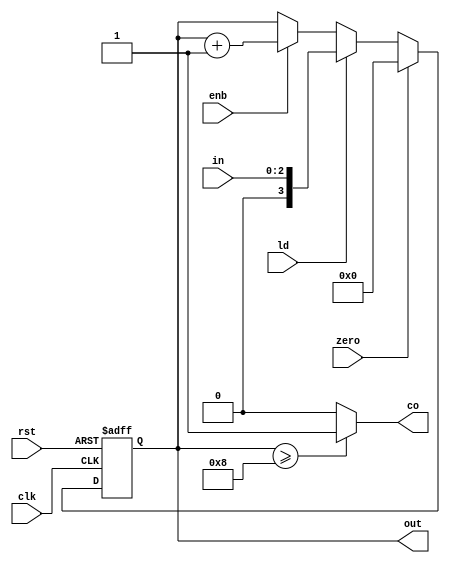
`timescale 1 ns/ 100 ps
module counter (input clk,rst,zero,ld,enb, input [2:0] in ,output reg [3:0] out, output  co);
	always@(posedge clk, posedge rst)begin
		if(rst == 1'b1)
			out <= 0;
		else
			if(zero == 1'b1)
				out <= 0;
			else if(ld == 1'b1)
				out <= in;
			else if(enb == 1'b1)
				out <= out + 1'b1;
	end
	assign co = (out >= 4'b1000)? 1'b1: 1'b0;
endmodule